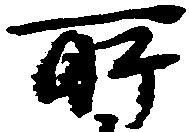
所